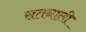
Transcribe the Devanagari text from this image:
सतनाली